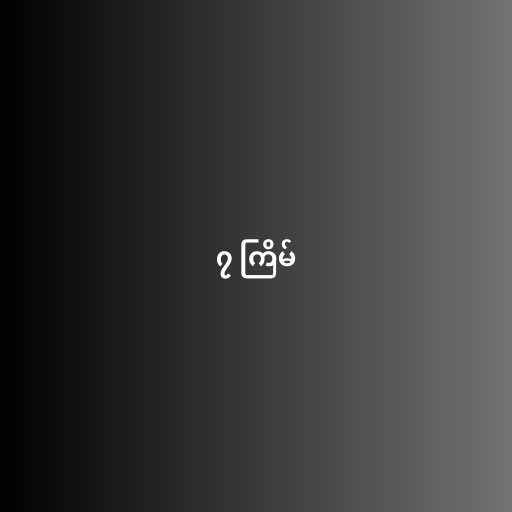
၇ ကြိမ်